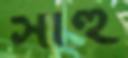
সাহু